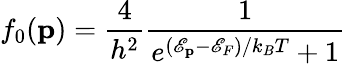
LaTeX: f_{0}({\mathbf p})=\frac{4}{h^{2}}\frac{1}{e^{(\mathscr{E}_{\mathbf p}-\mathscr{E}_{F})/k_{B}T}+1}